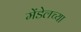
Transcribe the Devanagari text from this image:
मेंडेलच्या